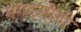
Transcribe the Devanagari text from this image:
मगदलीनी